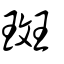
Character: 斑